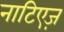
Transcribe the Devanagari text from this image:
नाटिएज़